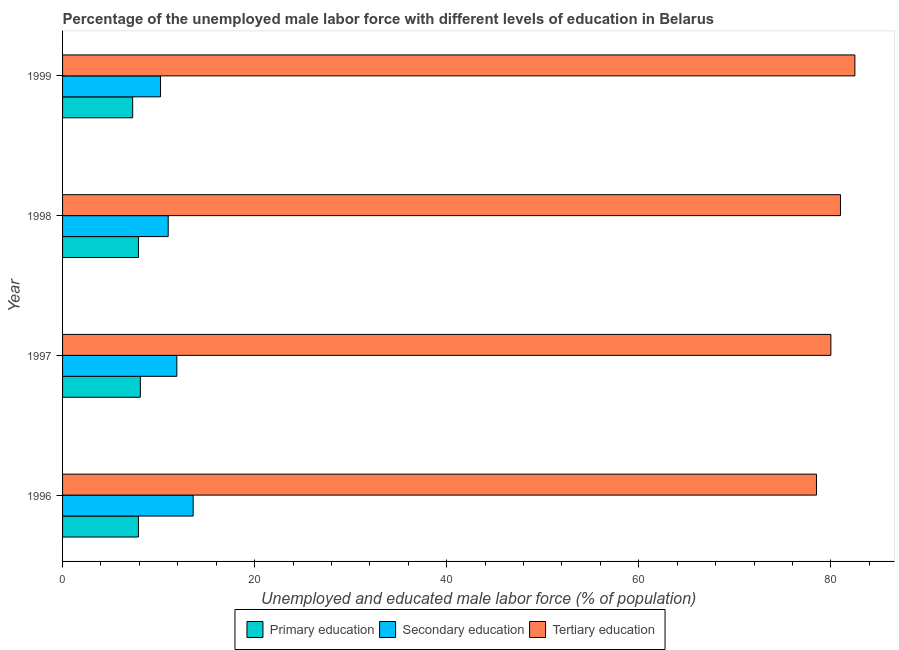
| Year | Primary education | Secondary education | Tertiary education |
 | --- | --- | --- | --- |
 | 1996 | 7.9 | 13.6 | 78.5 |
 | 1997 | 8.1 | 11.9 | 80 |
 | 1998 | 7.9 | 11 | 81 |
 | 1999 | 7.3 | 10.2 | 82.5 |